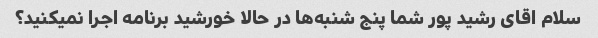
سلام اقای رشید پور شما پنج شنبه‌ها در حالا خورشید برنامه اجرا نمیکنید؟